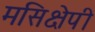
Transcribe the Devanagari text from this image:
मसिक्षेपी